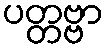
ပတ္တဗ္ဗာ